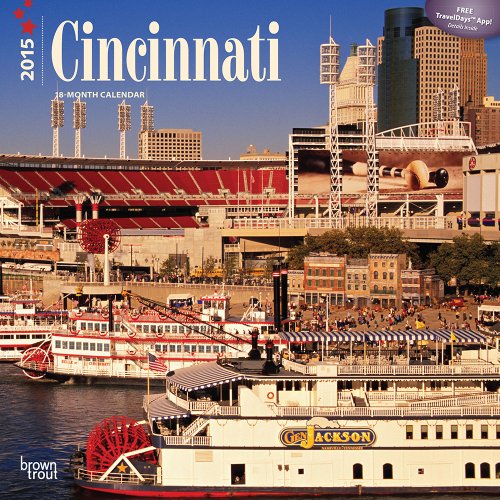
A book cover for Cincinnati 2015 Square 12x12 (Multilingual Edition); BrownTrout; Calendars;